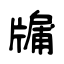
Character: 牖